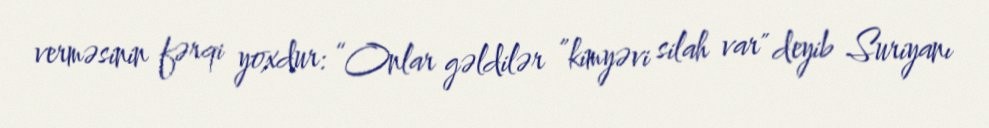
verməsinin fərqi yoxdur: “Onlar gəldilər ”kimyəvi silah var" deyib Suriyanı